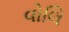
વોલિ